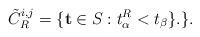
LaTeX: \begin{align*} \tilde{C}_R^{i, j} = \{ \mathbf{t} \in S_{} : t_\alpha^R < t_\beta \}.\}. \end{align*}